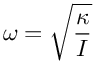
\omega = { \sqrt { \frac { \kappa } { I } } }